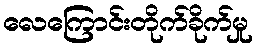
လေကြောင်းတိုက်ခိုက်မှု